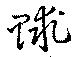
賕